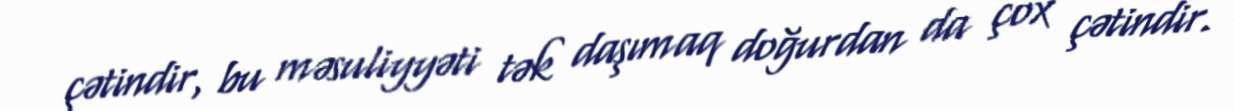
çətindir, bu məsuliyyəti tək daşımaq doğurdan da çox çətindir.